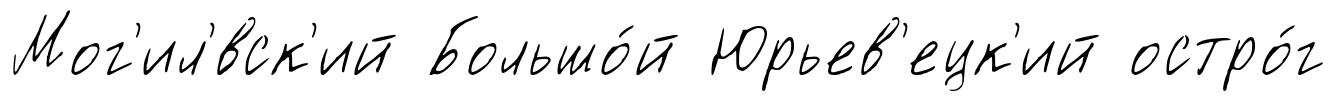
Мог'ил'́вск'ий Большо́й Юрьев'ецк'ий остро́г